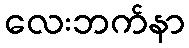
လေးဘက်နာ